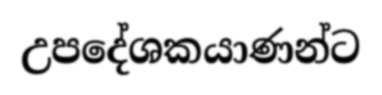
උපදේශකයාණන්ට